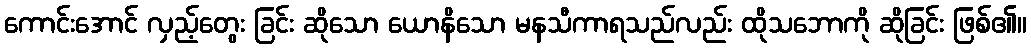
ကောင်းအောင် လှည့်တွေး ခြင်း ဆိုသော ယောနိသော မနသီကာရသည်လည်း ထိုသဘောကို ဆိုခြင်း ဖြစ်၏။